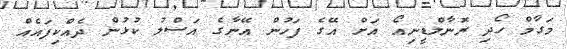
މަގާމް ހޯދި ރޮނާލްޑީނިއޯ އަށް އޭގެ ފަހުން އޭނާގެ އަސްލު ކުޅުން ދެއްކިފައެއް